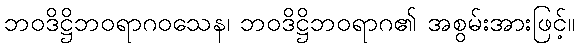
ဘဝဒိဋ္ဌိဘဝရာဂဝသေန၊ ဘဝဒိဋ္ဌိဘဝရာဂ၏ အစွမ်းအားဖြင့်။